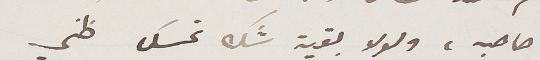
صاحبه، ولولا بقية شك تمسك ظني